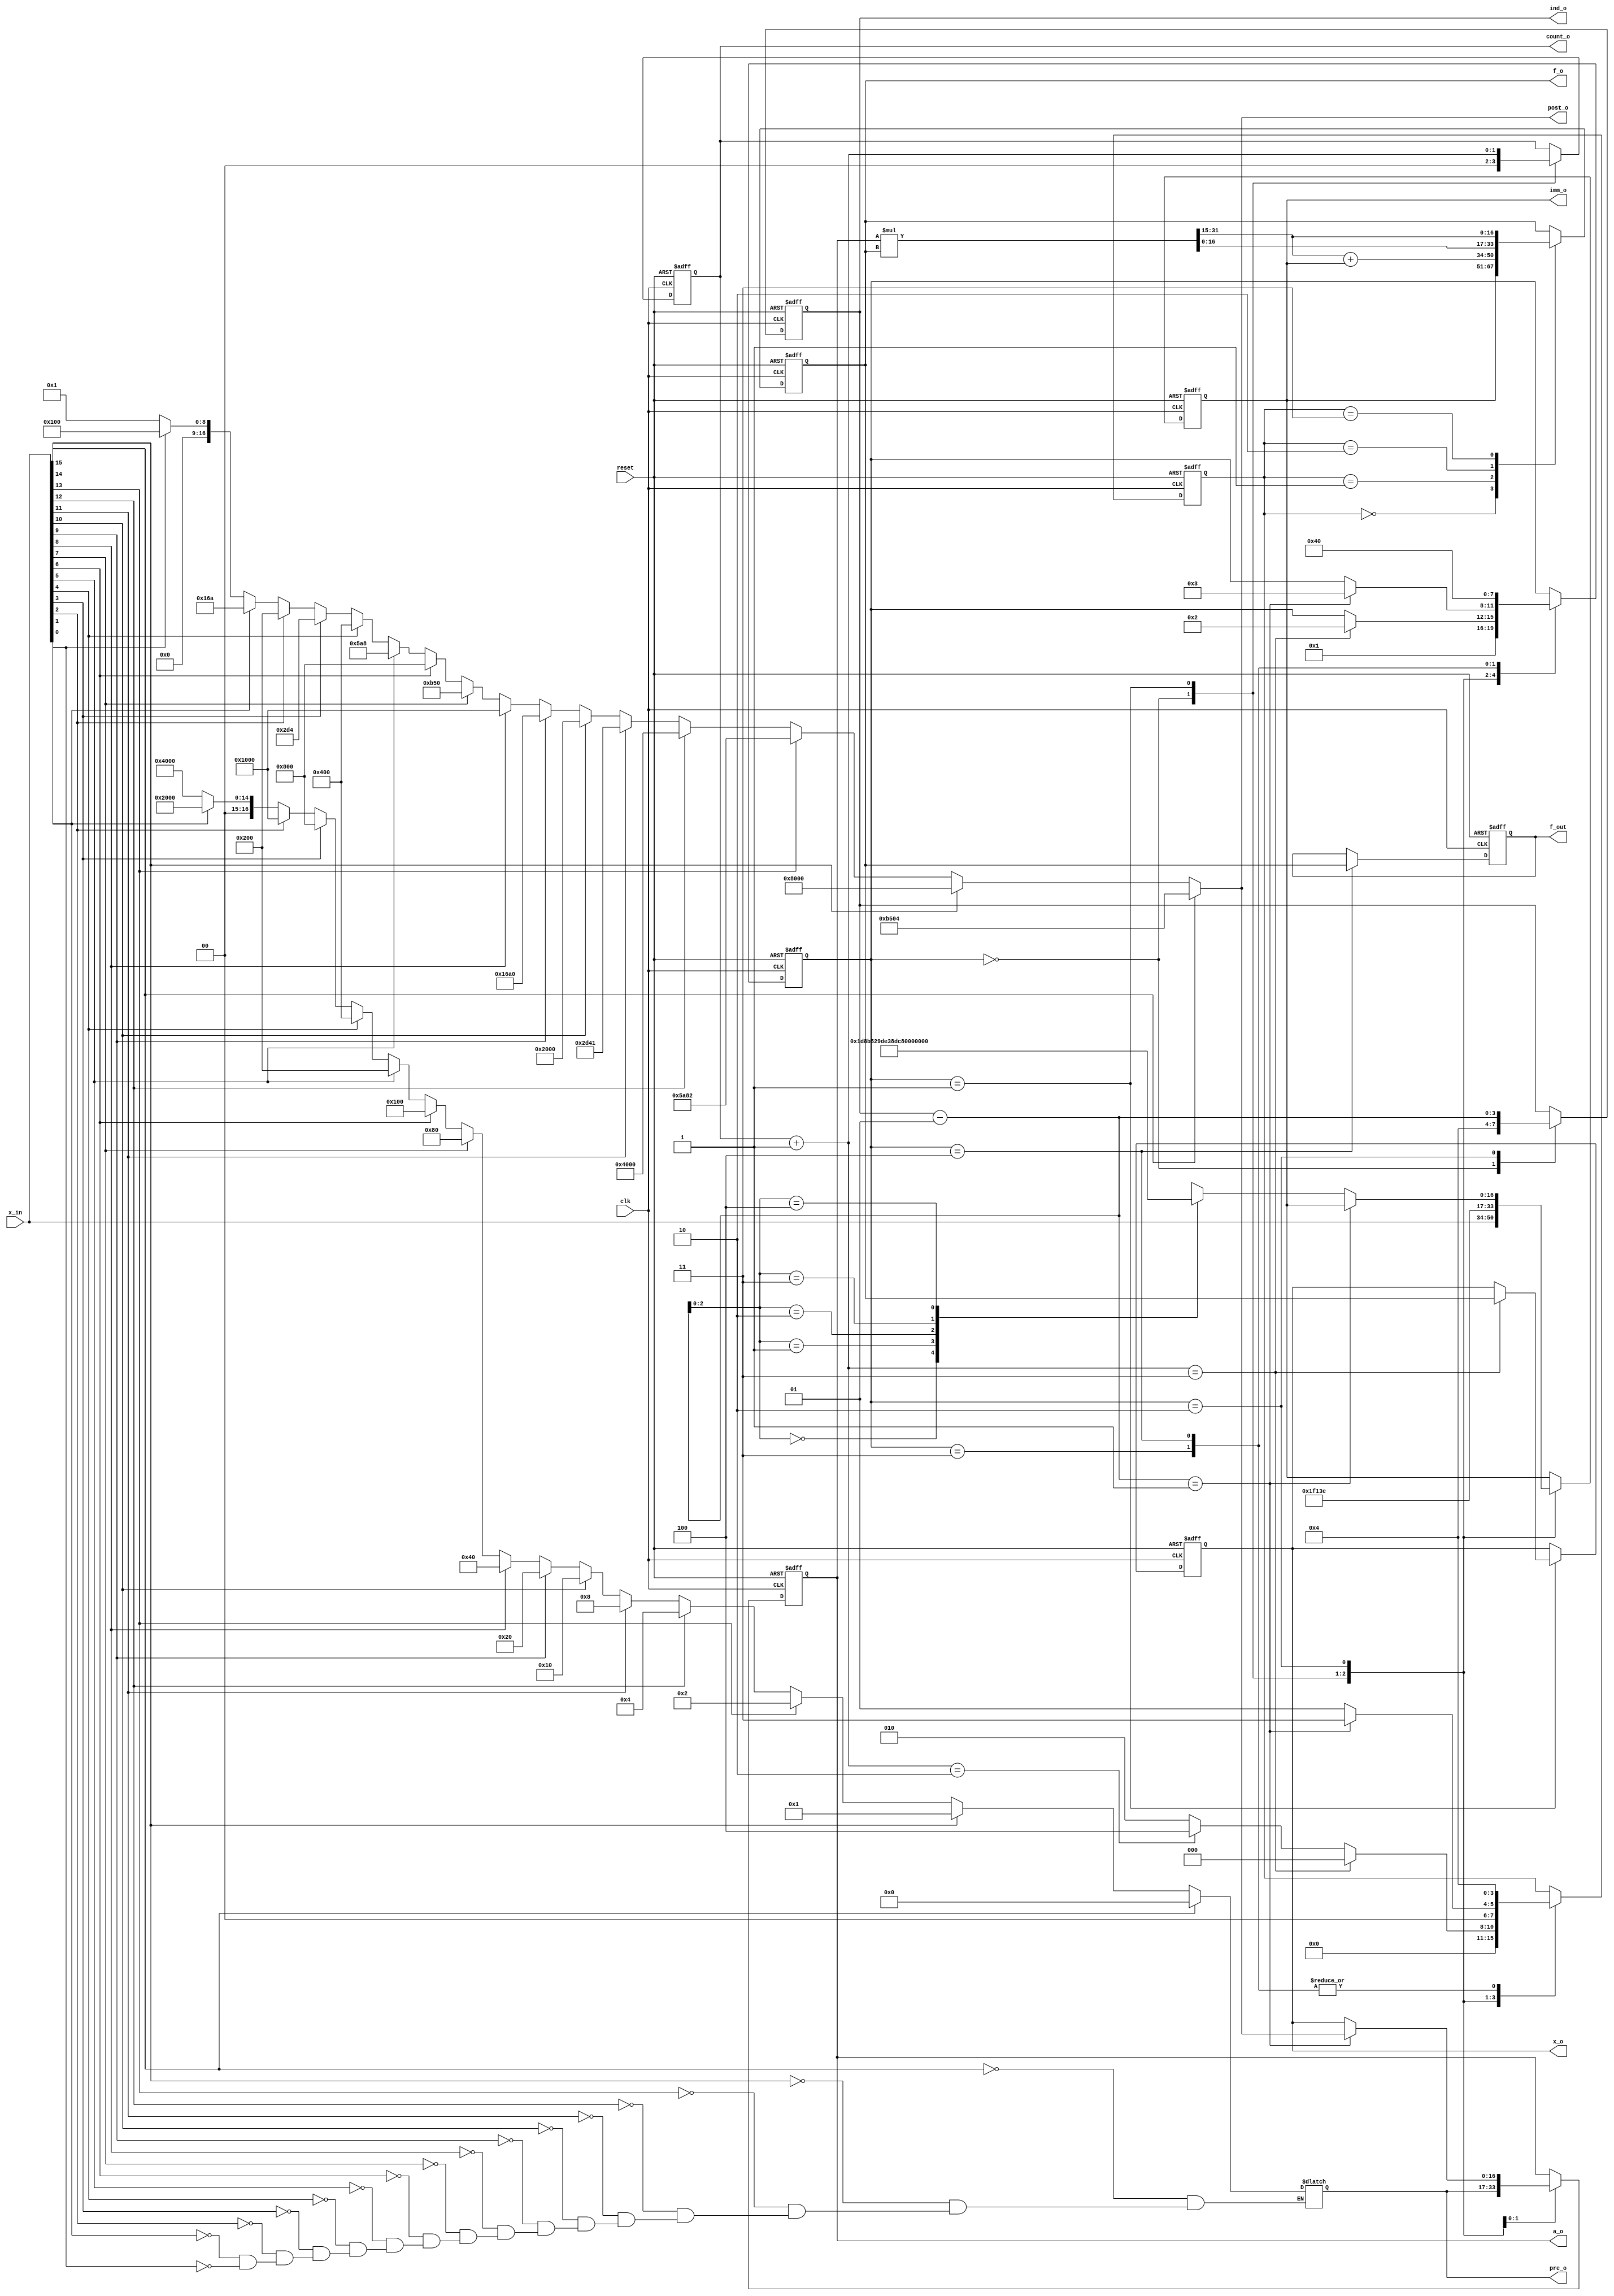
//*********************************************************
// IEEE STD 1364-2001 Verilog file: sqrt.v 
// Author-EMAIL: Uwe.Meyer-Baese@ieee.org
//*********************************************************
module sqrt                        //----> Interface
 (input  clk,                      // System clock
  input  reset,                    // Asynchronous reset
  output [1:0]  count_o,           // Counter SLL
  input  signed [16:0] x_in,       // System input
  output signed [16:0] pre_o,      // Prescaler
  output signed [16:0] x_o,        // Normalized x_in
  output signed [16:0] post_o,     // Postscaler
  output signed [3:0]  ind_o,      // Index to p
  output signed [16:0] imm_o,      // ALU preload value
  output signed [16:0] a_o,        // ALU factor 
  output signed [16:0] f_o,        // ALU output
  output reg signed [16:0] f_out); // System output
// --------------------------------------------------------   
  // Define the operation modes:
  parameter load=0, mac=1, scale=2, denorm=3, nop=4;
  //  Assign the FSM states:
  parameter start=0, leftshift=1, sop=2, 
                   rightshift=3, done=4;

  reg [3:0] s, op;
  reg [16:0] x; // Auxilary 
  reg signed [16:0] a, b, f, imm; // ALU data
  reg signed [33:0] af; // Product double width
  reg [16:0] pre, post;
  reg signed [3:0] ind;
  reg [1:0] count;
  // Chebychev poly coefficients for 16 bit precision:
  wire signed [16:0] p [0:4]; 
  
  assign p[0] = 7563;
  assign p[1] = 42299;
  assign p[2] = -29129;
  assign p[3] = 15813;
  assign p[4] = -3778;
  
  always @(posedge reset or posedge clk) //------> SQRT FSM
  begin : States                      // sample at clk rate

    if (reset) begin               // Asynchronous reset
      s <= start; f_out <= 0; op <= 0; count <= 0;
      imm <= 0; ind <= 0; a <= 0; x <= 0; 
    end else begin 
      case (s)                 // Next State assignments
        start : begin          // Initialization step 
          s <= leftshift; ind = 4;
          imm <= x_in;         // Load argument in ALU
          op <= load; count = 0;
        end
        leftshift : begin      // Normalize to 0.5 .. 1.0
          count = count + 1; a <= pre; op <= scale;
          imm <= p[4];
          if (count == 2) op <= nop;
          if (count == 3) begin // Normalize ready ?
            s <= sop; op <= load; x <= f; 
          end
        end
        sop :  begin            // Processing step
          ind = ind - 1; a <= x;
          if (ind == -1) begin  // SOP ready ?
            s <= rightshift; op <= denorm; a <= post;
          end else begin
            imm <= p[ind]; op <= mac;
          end
        end
        rightshift : begin // Denormalize to original range
          s <= done; op <= nop;
        end
        done :  begin          // Output of results
        f_out <= f;            // I/O store in register
        op <= nop;
        s <= start;            // start next cycle
        end                   
      endcase
    end
  end

  always @(posedge reset or posedge clk) 
  begin : ALU             // Define the ALU operations
    if (reset)            // Asynchronous clear
      f <= 0;
    else begin
      af = a * f;
      case (op)
        load    : f  <= imm;
        mac     : f  <= (af >>> 15) + imm;
        scale   : f  <= af;
        denorm  : f  <= af >>> 15;
        nop     : f  <= f;
        default : f  <= f;
      endcase
    end
  end

  always @(x_in)
  begin : EXP
    reg [16:0] slv;
    reg [16:0] po, pr;
    integer K; // Loop variable

    slv = x_in;
    // Compute pre-scaling:
    for (K=0; K <= 15; K= K+1) 
      if (slv[K] == 1)
    pre = 1 << (14-K);
    // Compute post scaling:
    po = 1;     
    for (K=0; K <= 7; K= K+1) begin
      if (slv[2*K] == 1)    // even 2^k gets 2^k/2
        po = 1 << (K+8);
//  sqrt(2): CSD Error = 0.0000208 = 15.55 effective bits
// +1 +0. -1 +0 -1 +0 +1 +0 +1 +0 +0 +0 +0 +0 +1
//  9      7     5     3     1               -5
      if (slv[2*K+1] == 1) // odd k has sqrt(2) factor
        po = (1<<(K+9)) - (1<<(K+7)) - (1<<(K+5))
              + (1<<(K+3)) + (1<<(K+1)) + (1<<(K-5));
    end
    post <= po;
  end

  assign a_o = a;   // Provide some test signals as outputs
  assign imm_o = imm;
  assign f_o = f;
  assign pre_o = pre;
  assign post_o = post;
  assign x_o = x;
  assign ind_o = ind;
  assign count_o = count;

endmodule